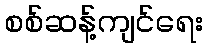
စစ်ဆန့်ကျင်ရေး